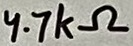
Text: 4.7kΩ